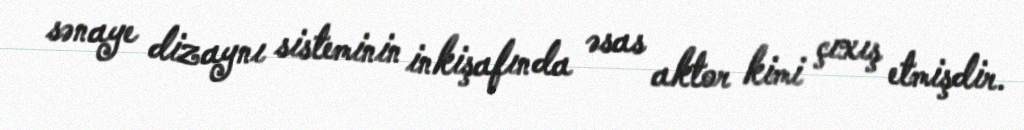
sənaye dizaynı sisteminin inkişafında əsas aktor kimi çıxış etmişdir.